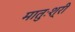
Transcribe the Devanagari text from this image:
मातुःश्री